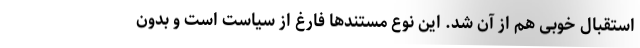
استقبال خوبی هم از آن شد. این نوع مستندها فارغ از سیاست است و بدون